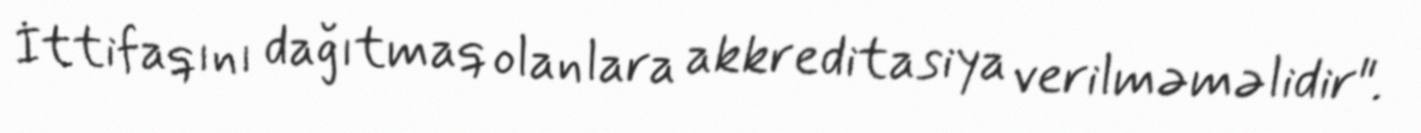
İttifaqını dağıtmaq olanlara akkreditasiya verilməməlidir".